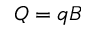
Q = q B